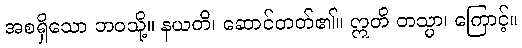
အစရှိသော ဘဝသို့။ နယတိ၊ ဆောင်တတ်၏။ ဣတိ တသ္မာ၊ ကြောင့်။